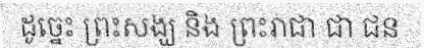
ដូច្នេះ ព្រះសង្ឃ និង ព្រះរាជា ជា ជន